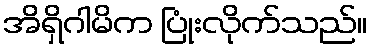
အိရှိဂါမိက ပြုံးလိုက်သည်။